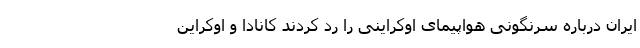
ایران درباره سرنگونی هواپیمای اوکراینی را رد کردند کانادا و اوکراین